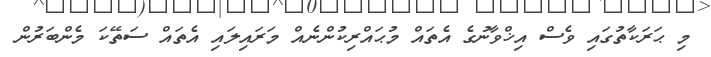
މި ޙަރަކާތުގައި ވެސް އިޚްވާނުގެ އެތައް މުޙައްރިކުންނެއް މަރައިލައި އެތައް ސަތޭކަ މެންބަރުން